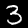
Digit: 3